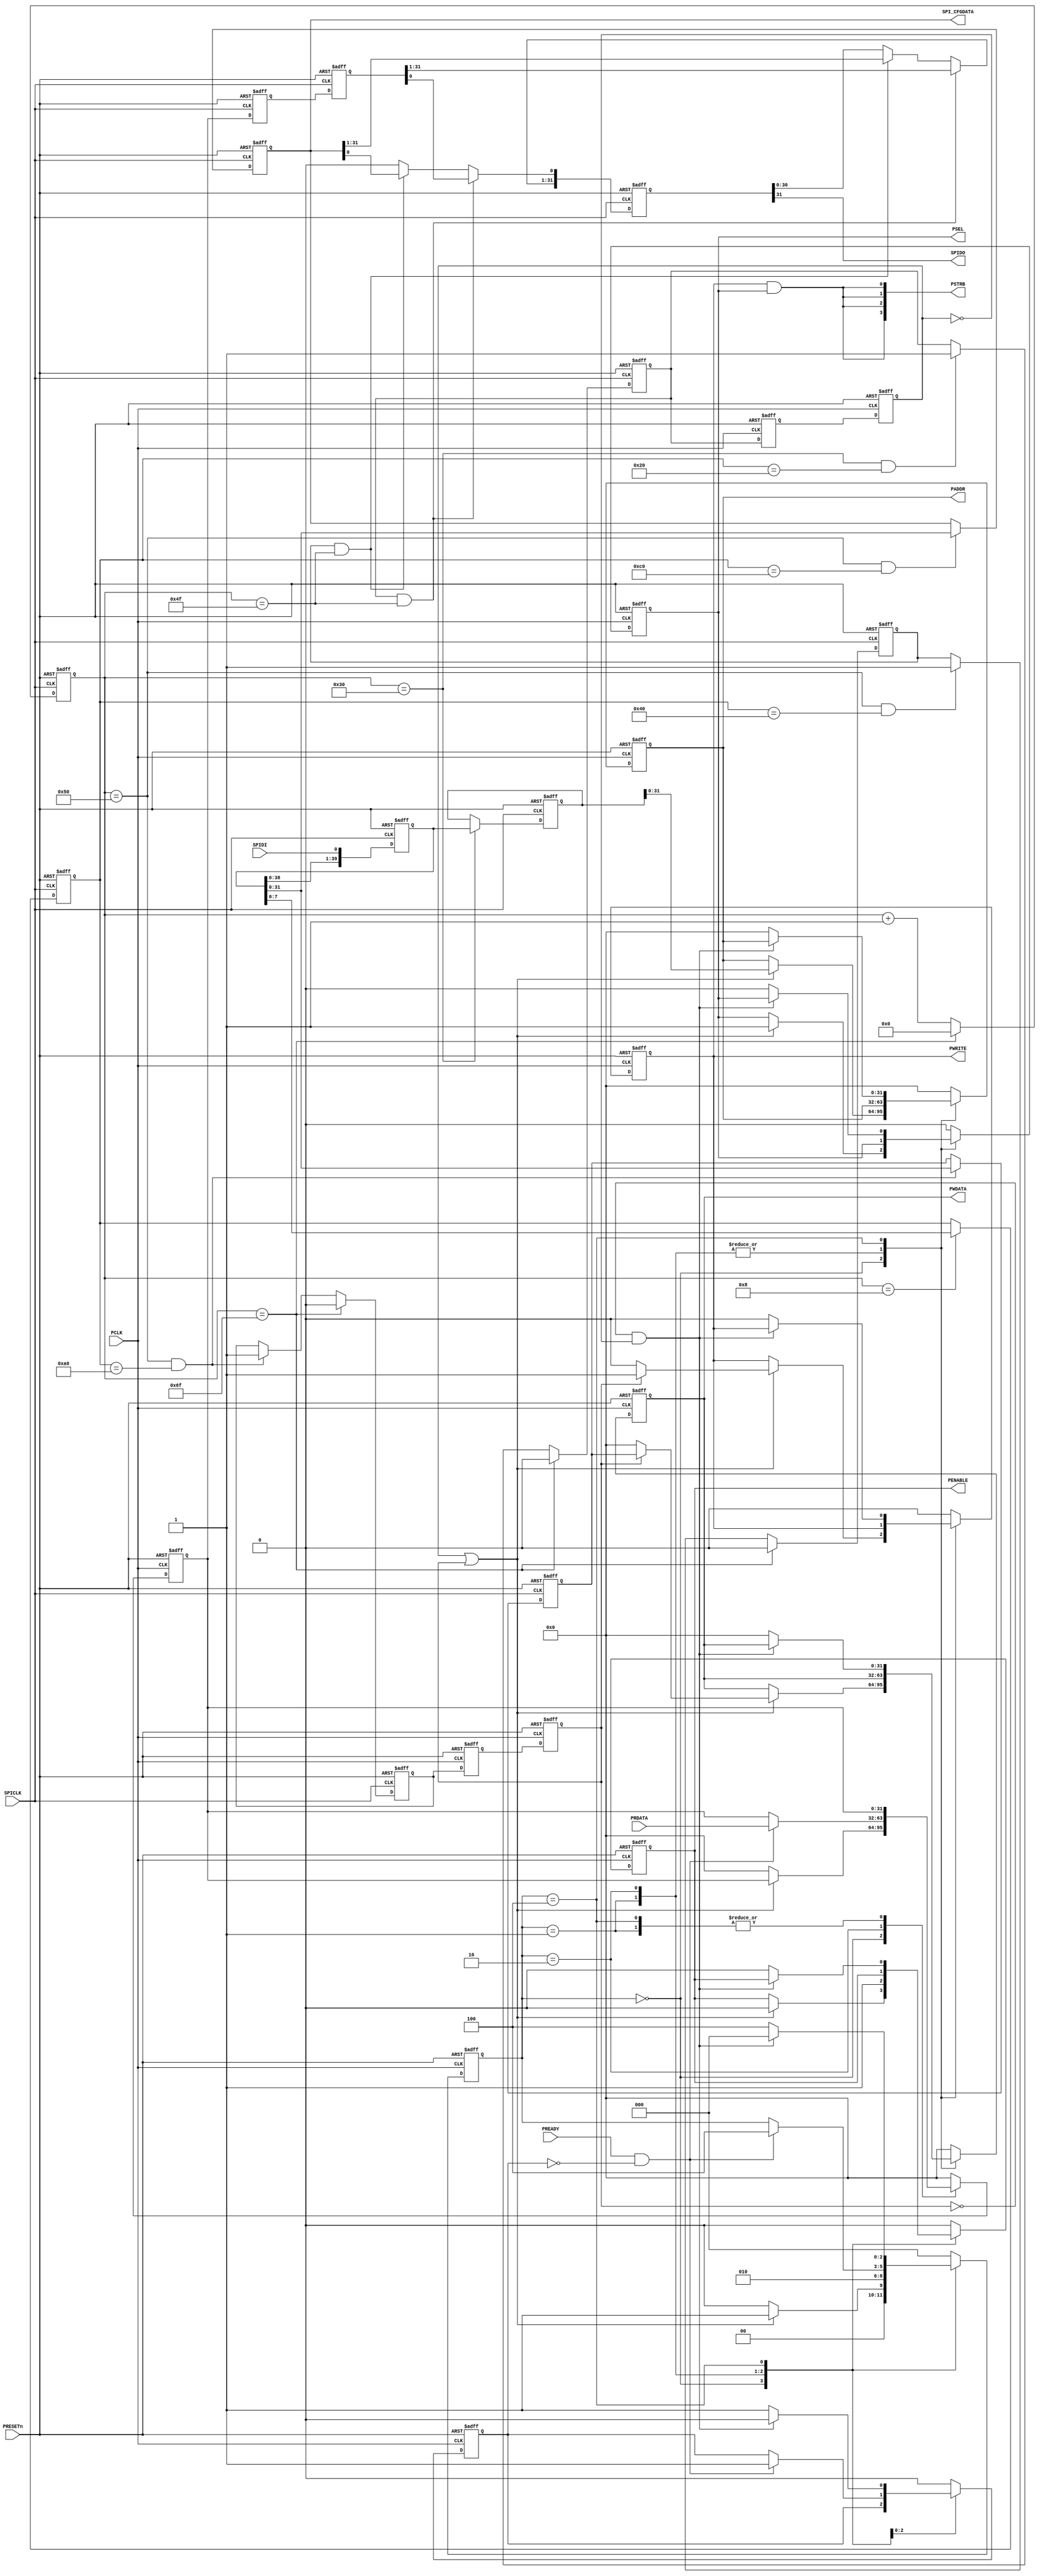
//-----------------------------------------------------------------------------
// The confidential and proprietary information contained in this file may
// only be used by a person authorised under and to the extent permitted
// by a subsisting licensing agreement from ARM Limited.
//
//            (C) COPYRIGHT 2013 ARM Limited.
//                ALL RIGHTS RESERVED
//
// This entire notice must be reproduced on all copies of this file
// and copies of this file may only be made by a person if such person is
// permitted to do so under the terms of a subsisting license agreement
// from ARM Limited.
//
//      SVN Information
//
//      Checked In          : $Date: 2017-07-25 15:10:13 +0100 (Tue, 25 Jul 2017) $
//
//      Revision            : $Revision: 368444 $
//
//      Release Information : Cortex-M0 DesignStart-r2p0-00rel0
//
//-----------------------------------------------------------------------------
//  -------------------------------------------------------------------------
//  Purpose: Simple SPI to APB3 bridge
//  -------------------------------------------------------------------------

module SPI2APB3(

  PRESETn,
  SPICLK,
  SPIDI,
  SPIDO,

  //APB
  PCLK,
  PADDR,
  PSEL,
  PENABLE,
  PWRITE,
  PSTRB,
  PWDATA,
  PRDATA,
  PREADY,
  SPI_CFGDATA
);

  //-----------------------------------------------------------------------------
  // port declarations
  //-----------------------------------------------------------------------------
  // SPI slave interface
  input  wire        SPICLK;
  input  wire        SPIDI;
  output wire        SPIDO;

  // APB interface
  input  wire        PRESETn;
  input  wire        PCLK;
   // APB master
  output reg  [31:0] PADDR;
  output reg         PSEL;
  output reg         PENABLE;
  output reg         PWRITE;
  output wire  [3:0] PSTRB;
  output reg  [31:0] PWDATA;

  input  wire [31:0] PRDATA;
  input  wire        PREADY;

  output wire [31:0] SPI_CFGDATA;// config data

  //-----------------------------------------------------------------------------
  // Constants
  //-----------------------------------------------------------------------------
// Operation command
`define READ_OP      8'h20
`define WRITE_OP     8'hA0
`define CFG_READ  8'h40
`define CFG_WRITE 8'hC0

// FSM state
`define TXFER_DETECT    3'b000
`define ADDRESS_PHASE   3'b001
`define DATA_PHASE      3'b010
`define TXFER_COMPLETE  3'b100

  //-----------------------------------------------------------------------------
  // Wire declarations
  //-----------------------------------------------------------------------------

  reg [39:0]   shift_in_register;
  reg [31:0]   shift_out_register;
  reg  [7:0]   op_command;// Operation command
  reg [39:0]   address;   // Address
  reg  [7:0]   count;     // SPI bit counter
  reg          dataread;  // Command to perform data read on APB
  reg          datawrite; // Command to perform data write on APB
  reg          cfgread;   // Command to perform CFG read on cfgdata_i
  reg          cfgwrite;  // Command to perform CFG write on cfgdata_i

  reg [31:0]   rdata_i;   // Sampled PRDATA
  reg [31:0]   wdata_i;   // Write data (sampled from serial to parallel register)
  reg [31:0]   cfgdata_i; // R/W from SPI

  reg          RCAPTURED; // Read data is captured (prevent more than 1 sampling)
  reg  [2:0]   STATE;     // Current State for FSM

  //-----------------------------------------------------------------------------
  // Main body of code
  //-----------------------------------------------------------------------------

  //-------------------------------------------------------------------
  //Shift Data in from MICRO
  //-------------------------------------------------------------------
  // Serial-in/ Serial Out Shift Register
  always @ (posedge SPICLK or negedge PRESETn)
  begin : p_shiftin_reg
  if (!PRESETn) begin
    // Serial Data output assignments
    shift_in_register   <= {40{1'b0}};
  end else begin
    shift_in_register[0]    <= SPIDI;
    shift_in_register[39:1] <= shift_in_register[38:0];
  end
  end

  // Store the serial in packet
  // 112 bit packet: | Comand[7:0] | Address[39:0]| DataIn[31:0] | DataOut[31:0] 

  always @(posedge SPICLK or negedge PRESETn) 
  begin
  if (!PRESETn) begin
   op_command    <= {8{1'b0}};
   address    <= {40{1'b0}};
   count      <= {8{1'b0}};
   dataread   <= 0;
   datawrite  <= 0;
   cfgread    <= 0; 
   cfgwrite   <= 0;
   
   wdata_i    <= {32{1'b0}};
   cfgdata_i  <= {32{1'b0}};
  end else begin
    count <= count + 1;
    if (count == 8)
      op_command <= shift_in_register[7:0];
    if (count == 48)
      address <= shift_in_register[39:0];
    if (count == 48 && op_command == `READ_OP) begin  //READ Command
      dataread  <= 1;
    end
    if (count == 80 && op_command == `WRITE_OP) begin  //WRITE Command
      wdata_i <= shift_in_register[31:0];
      datawrite <= 1;
    end
    if (count == 80 && op_command == `CFG_READ) begin //READ Command
      cfgread   <= 1;
    end
    if (count == 80 && op_command == `CFG_WRITE) begin  //WRITE Command
      cfgdata_i  <= shift_in_register[31:0];
      cfgwrite   <= 1;
    end
    if (count == 111) begin
      count     <= 8'b0; //reset count
      dataread  <= 0;
      datawrite <= 0;
      cfgread   <= 0;
      cfgwrite  <= 0;
    end
  end
  end

  //-------------------------------------------------------------------
  //Shift Data out to MICRO
  //-------------------------------------------------------------------
  // metastability registers  (double DFF synchronization)
  reg [31:0] rdata_i1;
  reg [31:0] rdata_i2;
  always @ (posedge SPICLK or negedge PRESETn)
  begin
    if (!PRESETn) begin
      rdata_i1 <= {32{1'b0}};
      rdata_i2 <= {32{1'b0}};
    end else begin
      rdata_i1 <= rdata_i;
      rdata_i2 <= rdata_i1;
    end
  end

  always @ (posedge SPICLK or negedge PRESETn)
  begin : p_shiftout_reg
    if (!PRESETn) begin
      shift_out_register[31:0] <= 32'h00000000;
    end else begin
      if(dataread && count == 79) begin
        shift_out_register <= {rdata_i2 [31:0]};
      end else if (cfgread && count == 79) begin
        shift_out_register <= {cfgdata_i [31:0]};
      end else begin
        shift_out_register[31:1] <= shift_out_register[30:0];
        shift_out_register[0]    <= 1'b0;
      end
    end
  end

  assign SPIDO = shift_out_register[31];

  // Metastability registers (double DFF synchronization)
  reg dataread1;
  reg dataread2;
  reg datawrite1;
  reg datawrite2;

  always @(posedge PCLK or negedge PRESETn)
  begin
  if(!PRESETn) begin
    dataread1  <= 1'b0;
    datawrite1 <= 1'b0;
    dataread2  <= 1'b0;
    datawrite2 <= 1'b0;    
  end else begin
    dataread1  <= dataread;
    dataread2  <= dataread1;
    datawrite1 <= datawrite;
    datawrite2 <= datawrite1;
  end
  end  


  //state machine to control APB operations
  always @(posedge PCLK or negedge PRESETn)
  begin
    if(!PRESETn) begin
      rdata_i   <= 32'b0;
      PADDR     <= {32{1'b0}};
      PSEL      <= 1'b0;
      PENABLE   <= 1'b0;
      PWRITE    <= 1'b0;
      PWDATA    <= {32{1'b0}};    
        
      RCAPTURED <= 1'b0;
      STATE     <= `TXFER_DETECT;
    end else begin
      case (STATE)
        `TXFER_DETECT: begin
          RCAPTURED <= 1'b0;
          if(dataread2 || datawrite2) begin
            PADDR   <= address[31:0];
            PSEL    <= 1'b1;
            PENABLE <= 1'b0;
            if(datawrite2 == 1'b1) begin //deceide if read or write
              PWRITE <= 1'b1; //WRITE
              PWDATA <= wdata_i;            
            end else begin
              PWRITE <= 1'b0; //READ
              PWDATA <= {32{1'b0}};           
            end 
            STATE <= `ADDRESS_PHASE;
          end else begin
            rdata_i <= 32'b0;
            STATE <= `TXFER_DETECT;
          end
        end

      //setup data phase
      `ADDRESS_PHASE:
        begin
        PENABLE <= 1'b1;        
        STATE <= `DATA_PHASE;
        end

      //read PRDATA if PREADY set
      `DATA_PHASE: 
        begin
        if(PREADY && RCAPTURED == 1'b0) begin //hold data
          rdata_i   <= PRDATA;
          RCAPTURED <= 1'b1;
          STATE     <= `TXFER_COMPLETE;
          end
        end
      `TXFER_COMPLETE: 
        begin
        if(!datawrite2 &!dataread2) begin //wait till both read or write are complete
          RCAPTURED <= 1'b0;
          STATE     <= `TXFER_DETECT;
        end else begin
          PADDR     <= {32{1'b0}};
          PSEL      <= 1'b0;
          PENABLE   <= 1'b0;
          PWRITE    <= 1'b0;
          PWDATA    <= {32{1'b0}};              
          RCAPTURED <= 1'b1;
          STATE     <= `TXFER_COMPLETE;
        end
        end
      default : begin
        rdata_i   <= {32{1'b0}};
        PADDR     <= {32{1'b0}};
        PSEL      <= 1'b0;
        PENABLE   <= 1'b0;
        PWRITE    <= 1'b0;
        PWDATA    <= {32{1'b0}};    
        RCAPTURED <= 1'b0;
        STATE     <= `TXFER_DETECT;
        end
      endcase
     end
  end

  // Write strobes (AMBA4 APB).
  // This signal indicates which byte lanes to update during a write transfer.
  // Write strobes must not be active during a read transfer.
  assign PSTRB = {4{(PWRITE & PSEL)}};

  assign SPI_CFGDATA = cfgdata_i;

endmodule